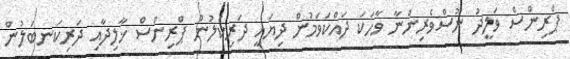
ޕްރިންސް ވަލީދު ނޫސްވެރިންނާ ވާހަކަ ދައްކަވަމުން ދިޔައީ ދަރިކަލުން ޕްރިންސް ޚާލިދާއި ދަރިކަނބަލުން